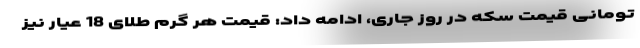
تومانی قیمت سکه در روز جاری، ادامه داد: قیمت هر گرم طلای 18 عیار نیز